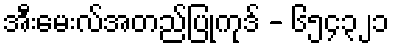
အီးမေးလ်အတည်ပြုကုဒ် - ၆၅၄၃၂၁